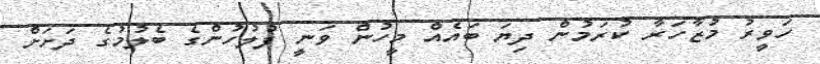
ހަވީރު މުޒާހަރާ ކުރަމުން ދިޔަ ބައެއް މީހުން ވަނީ ފުލުހުންގެ ބެލުމުގެ ދަށަށް